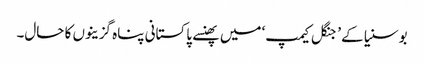
بوسنیا کے ’جنگل کیمپ‘ میں پھنسے پاکستانی پناہ گزینوں کا حال۔